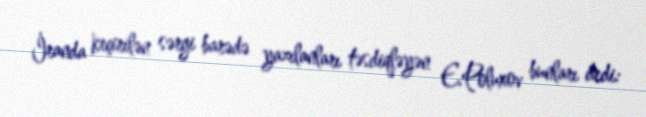
İranda keçirilən sərgi barədə yazılanları təsdiqləyən E.Poluxov bunları dedi: